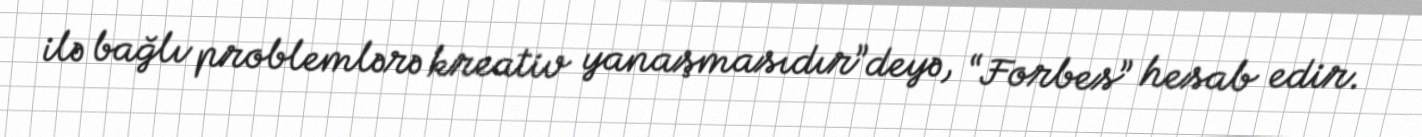
ilə bağlı problemlərə kreativ yanaşmasıdır”deyə, “Forbes” hesab edir.